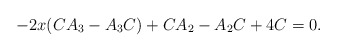
\begin{align*}-2x(CA_{3}-A_{3}C)+CA_{2}-A_{2}C+4C=0.\end{align*}